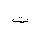
Letter: _ta